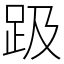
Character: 趿